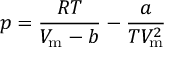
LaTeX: p = { \frac { R T } { V _ { \mathrm { m } } - b } } - { \frac { a } { T V _ { \mathrm { m } } ^ { 2 } } }